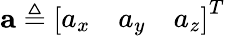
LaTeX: \mathbf{a}\triangleq\left[\begin{array}{lll}{a_{x}}&{a_{y}}&{a_{z}}\end{array}\right]^{T}